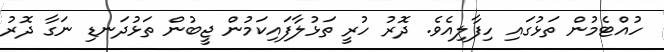
ހުއްޓެމުން ތަޅުގައި ހިފާލިއެވެ. ދޮރު ހުރީ ތަޅުލާފައިކަމުން ޖީބުން ތަޅުދަނޑި ނަގާ ދޮރު